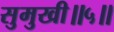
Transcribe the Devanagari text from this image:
सुमुखी॥५॥